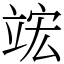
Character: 竤